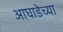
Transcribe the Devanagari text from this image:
आघाडेच्या